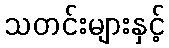
သတင်းများနှင့်